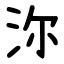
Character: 沵